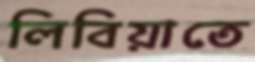
লিবিয়াতে